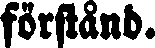
förstånd.